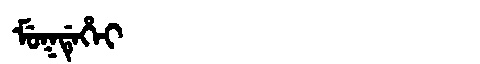
Manchu: ᠮᡠᡴᡩᡝᡥᡝᡳ
Romanization: MUKDEHEI